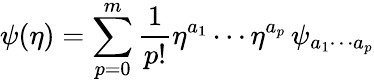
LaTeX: \psi(\eta)=\sum_{p=0}^{m}\frac{1}{p!}\eta^{a_{1}}\cdots\eta^{a_{p}}\, \psi_{a_{1}\cdots a_{p}}